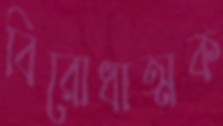
বিরোধাত্মক